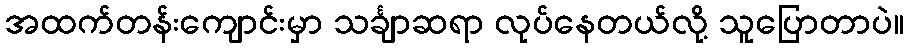
အထက်တန်းကျောင်းမှာ သင်္ချာဆရာ လုပ်နေတယ်လို့ သူပြောတာပဲ။